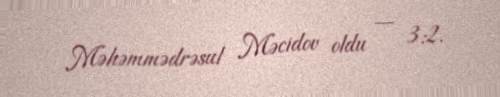
Məhəmmədrəsul Məcidov oldu — 3:2.